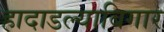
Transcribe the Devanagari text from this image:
हादाडल्याबिगार